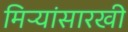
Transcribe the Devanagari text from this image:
मिऱ्यांसारखी